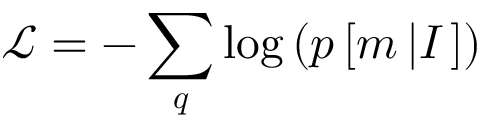
\mathcal { L } = - \sum _ { \boldsymbol { q } } \log \left( p \left[ m \left| I \right. \right] \right)